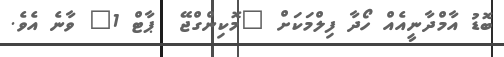
ބޮޑު އާމްދާނީއެއް ހޯދާ ފިލްމަކަށް "މޮކިންގްޖޭ  ޕާޓް 1" ވާނެ އެވެ.